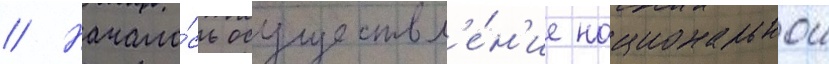
// Начало́сь осуществл'е́н'ие национальнои